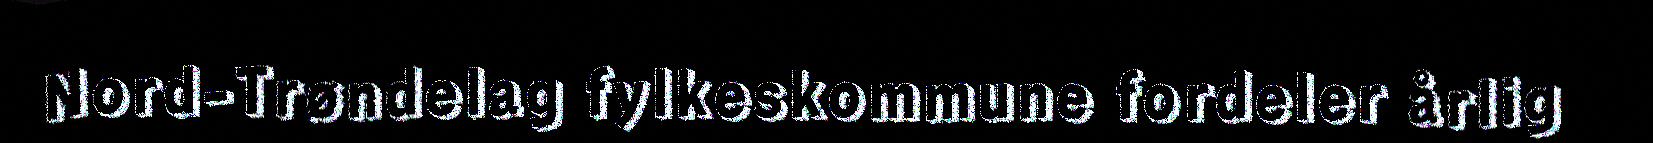
Nord-Trøndelag fylkeskommune fordeler årlig